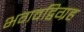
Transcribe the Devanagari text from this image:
भगवद्विग्रह